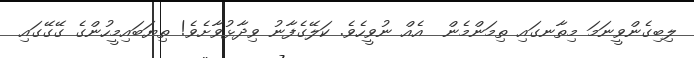
ލިބިގެންވީނަމަ މިތާނގައި ތިމަންމެން  އެއް ނުވީހެވެ. ކަލޭގެފާނު ވިދާޅުވާށެވެ! ތިޔަބައިމީހުންގެ ގޭގޭގައި